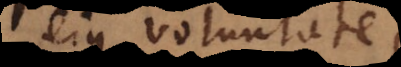
ejus voluntate,